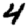
Digit: 4